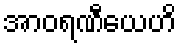
အာဝရဏီယေဟိ